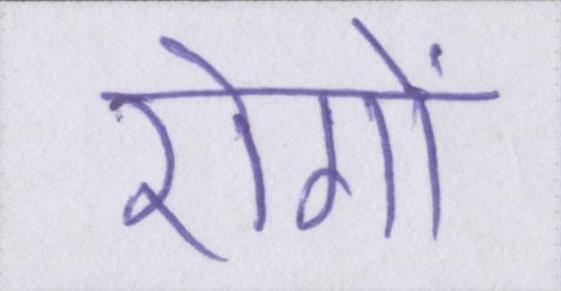
रोगों